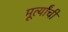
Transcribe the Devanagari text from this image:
मूर्त्यांची